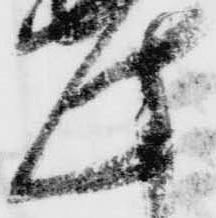
此